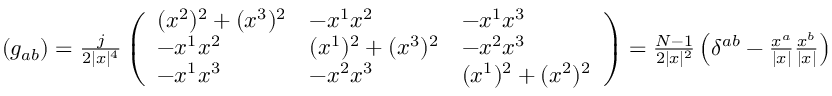
\begin{array} { r } { ( g _ { a b } ) = \frac { j } { 2 \vert x \vert ^ { 4 } } \left( \begin{array} { l l l } { ( x ^ { 2 } ) ^ { 2 } + ( x ^ { 3 } ) ^ { 2 } } & { - x ^ { 1 } x ^ { 2 } } & { - x ^ { 1 } x ^ { 3 } } \\ { - x ^ { 1 } x ^ { 2 } } & { ( x ^ { 1 } ) ^ { 2 } + ( x ^ { 3 } ) ^ { 2 } } & { - x ^ { 2 } x ^ { 3 } } \\ { - x ^ { 1 } x ^ { 3 } } & { - x ^ { 2 } x ^ { 3 } } & { ( x ^ { 1 } ) ^ { 2 } + ( x ^ { 2 } ) ^ { 2 } } \end{array} \right) = \frac { N - 1 } { 2 \vert x \vert ^ { 2 } } \left( \delta ^ { a b } - \frac { x ^ { a } } { \vert x \vert } \frac { x ^ { b } } { \vert x \vert } \right) } \end{array}